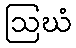
ဩဃံ